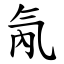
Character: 氝